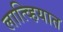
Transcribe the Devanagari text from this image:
लात्व्हियात